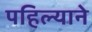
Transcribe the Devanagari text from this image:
पहिल्याने